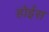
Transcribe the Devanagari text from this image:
होईस